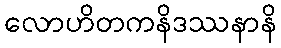
လောဟိတကနိဒဿနာနိ